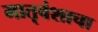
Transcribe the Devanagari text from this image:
मातृवंशाचा